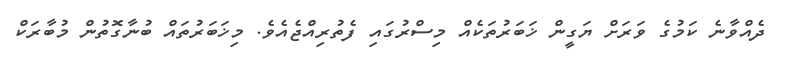
ދެއްވާނެ ކަމުގެ ވަރަށް ޔަގީން ޚަބަރުތަކެއް މިސްރުގައި ފެތުރިއްޖެއެވެ. މިޚަބަރުތައް ބުނާގޮތުން މުބާރަކް